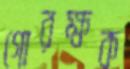
গোরক্ষক